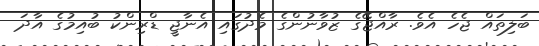
ބަލިތައް ޖެހެ އެވެ. ރާއްޖޭގެ ޒުވާނުންގެ މެދުގައި އެނާޖީ ޑްރިންކު ބުއިމުގެ އާދަ